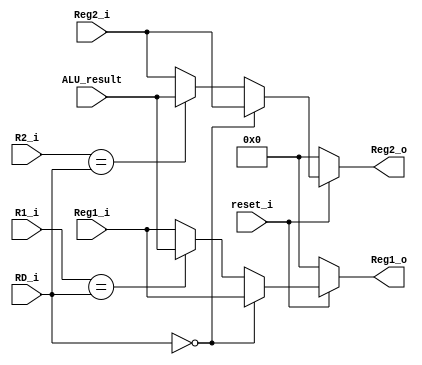
module Forward_unit(
	input reset_i,
	input [4:0]R1_i,
	input [4:0]R2_i,
	input [4:0]RD_i,
	input [31:0]Reg1_i,
	input [31:0]Reg2_i,
	input [31:0]ALU_result,

	output reg [31:0]Reg1_o,
	output reg [31:0]Reg2_o

);
	always@(R1_i or R2_i or RD_i or Reg1_i or Reg2_i or ALU_result or reset_i)
		begin
			if(reset_i)
				begin
					if(RD_i == 5'b00000)
						begin
							Reg1_o = Reg1_i;
							Reg2_o = Reg2_i;
						end
					else
						begin
							if(R1_i == RD_i)
								begin
									Reg1_o = ALU_result;
								end
							else
								begin
									Reg1_o = Reg1_i;
								end
							if(R2_i == RD_i)
								begin
									Reg2_o = ALU_result;	
								end
							else
								begin
									Reg2_o = Reg2_i;
								end
						end
				end
			else
				begin
					Reg1_o = 0;
					Reg2_o = 0;
				end
		end


endmodule